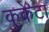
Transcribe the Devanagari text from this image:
कुकेटा